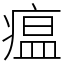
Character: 瘟